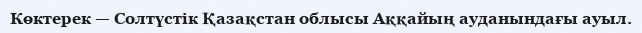
Көктерек — Солтүстік Қазақстан облысы Аққайың ауданындағы ауыл.